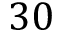
3 0